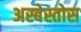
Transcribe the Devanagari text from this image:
अस्बेस्तोस